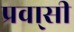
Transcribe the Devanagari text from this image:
प्रवा्सी